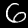
Label: 6